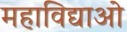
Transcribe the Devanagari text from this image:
महाविद्याओ